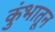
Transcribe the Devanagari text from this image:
कुंभातून